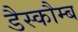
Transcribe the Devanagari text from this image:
डैस्कौम्ब